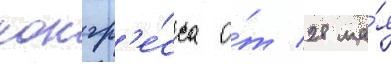
конгр'е́сса о́т 28 ма́я